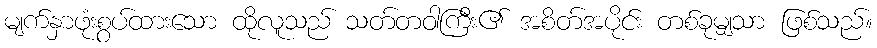
မျက်နှာဖုံးစွပ်ထားသော ထိုလူသည် သတ်တဝါကြီး၏ အစိတ်အပိုင်း တစ်ခုမျှသာ ဖြစ်သည်။